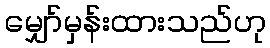
မျှော်မှန်းထားသည်ဟု